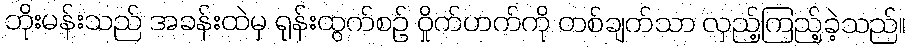
ဘိုးမန်းသည် အခန်းထဲမှ ရုန်းထွက်စဉ် ဝှိုက်ဟက်ကို တစ်ချက်သာ လှည့်ကြည့်ခဲ့သည်။